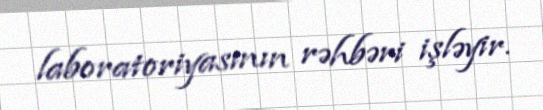
laboratoriyasının rəhbəri işləyir.